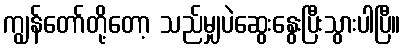
ကျွန်တော်တို့တော့ သည်မျှပဲဆွေးနွေးပြီးသွားပါပြီ။